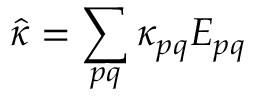
\hat { \kappa } = \sum _ { p q } \kappa _ { p q } E _ { p q }